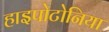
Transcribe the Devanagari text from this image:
हाइपोटोनिया